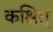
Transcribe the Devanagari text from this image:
कश्चित्‌